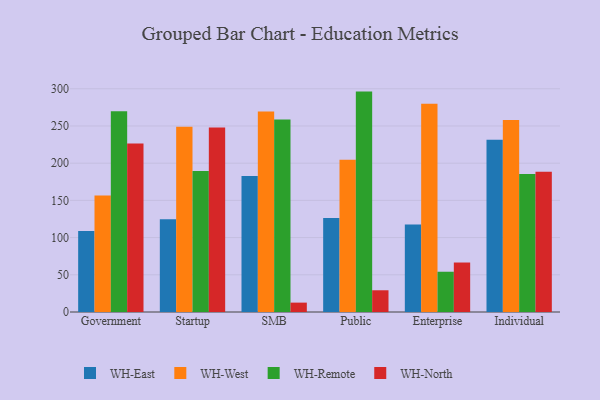
{"axis": {"x": "Segment", "y": "Backlog"}, "legend": ["WH-East", "WH-North", "WH-Remote", "WH-West"], "data": [{"x": "Government", "y": 109.0, "type": "WH-East"}, {"x": "Government", "y": 156.5, "type": "WH-West"}, {"x": "Government", "y": 269.9, "type": "WH-Remote"}, {"x": "Government", "y": 226.5, "type": "WH-North"}, {"x": "Startup", "y": 124.7, "type": "WH-East"}, {"x": "Startup", "y": 249.1, "type": "WH-West"}, {"x": "Startup", "y": 189.5, "type": "WH-Remote"}, {"x": "Startup", "y": 247.8, "type": "WH-North"}, {"x": "SMB", "y": 182.7, "type": "WH-East"}, {"x": "SMB", "y": 269.6, "type": "WH-West"}, {"x": "SMB", "y": 258.7, "type": "WH-Remote"}, {"x": "SMB", "y": 12.6, "type": "WH-North"}, {"x": "Public", "y": 126.2, "type": "WH-East"}, {"x": "Public", "y": 204.5, "type": "WH-West"}, {"x": "Public", "y": 296.2, "type": "WH-Remote"}, {"x": "Public", "y": 29.2, "type": "WH-North"}, {"x": "Enterprise", "y": 117.7, "type": "WH-East"}, {"x": "Enterprise", "y": 280.0, "type": "WH-West"}, {"x": "Enterprise", "y": 54.1, "type": "WH-Remote"}, {"x": "Enterprise", "y": 66.5, "type": "WH-North"}, {"x": "Individual", "y": 231.6, "type": "WH-East"}, {"x": "Individual", "y": 257.9, "type": "WH-West"}, {"x": "Individual", "y": 185.6, "type": "WH-Remote"}, {"x": "Individual", "y": 188.4, "type": "WH-North"}]}